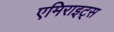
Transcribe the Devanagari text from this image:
एमिराइट्स